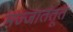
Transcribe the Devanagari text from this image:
मज्जातंतूत